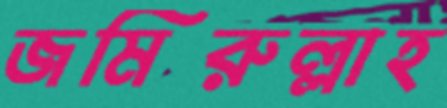
জমিরুল্লাহ